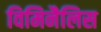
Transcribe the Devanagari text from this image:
विमिनैलिस